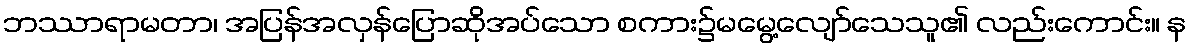
ဘဿာရာမတာ၊ အပြန်အလှန်ပြောဆိုအပ်သော စကား၌မမွေ့လျော်သေသူ၏ လည်းကောင်း။ န